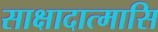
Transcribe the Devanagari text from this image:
साक्षादात्मासि